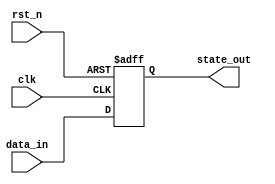
module SequentialLogic (
    input wire clk,          // Clock signal
    input wire rst_n,       // Active-low reset signal
    input wire [3:0] data_in, // 4-bit input data
    output reg [3:0] state_out // 4-bit output state
);

    // Initial state
    initial begin
        state_out = 4'b0000; // Initialize state to 0
    end

    // Sequential logic block sensitive to the rising edge of the clock
    always @ (posedge clk or negedge rst_n) begin
        if (!rst_n) begin
            // Reset condition
            state_out <= 4'b0000; // Reset state to 0
        end else begin
            // Update state based on input data
            state_out <= data_in; // Assign input data to state
        end
    end

endmodule